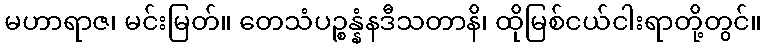
မဟာရာဇ၊ မင်းမြတ်။ တေသံပဉ္စန္နံနဒီသတာနိ၊ ထိုမြစ်ငယ်ငါးရာတို့တွင်။